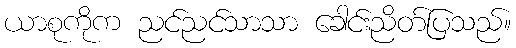
ယာစုကိုက ညင်ညင်သာသာ ခေါင်းညိတ်ပြသည်။